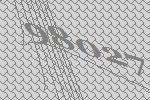
98027